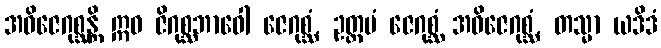
အဓိဇေဂုစ္ဆန္တိ ဣဓ ဇိဂုစ္ဆဘာဝေါ ဇေဂုစ္ဆံ, ဥတ္တမံ ဇေဂုစ္ဆံ အဓိဇေဂုစ္ဆံ, တသ္မာ ယဒိဒံ